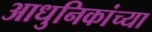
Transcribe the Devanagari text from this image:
आधुनिकांच्या